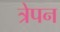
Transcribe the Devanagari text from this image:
त्रेपन